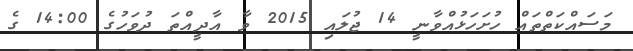
މަސައްކަތްތައް ހުށަހަޅުއްވާނީ 14 ޖުލައި 2015 ވާ އާދީއްތަ ދުވަހުގެ 14:00 ގެ